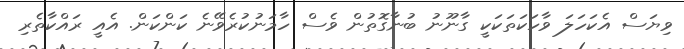
ވިޔަސް އެކަހަލަ ވާހަކަތަކަކީ ގާނޫނު ބުނާގޮތުން ވެސް ހާމަނުކުރެވޭނެ ކަންކަން. އެއީ ރައްކާތެރި